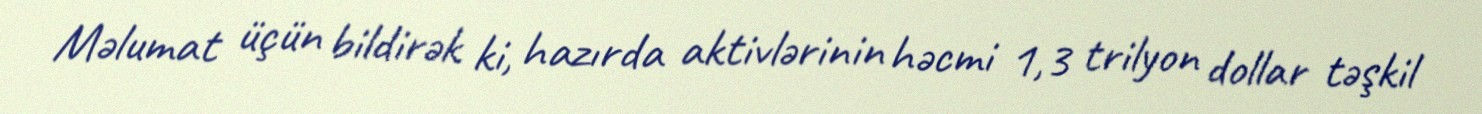
Məlumat üçün bildirək ki, hazırda aktivlərinin həcmi 1,3 trilyon dollar təşkil